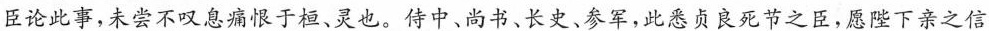
臣论此事，未尝不叹息痛恨于桓、灵也。侍中、尚书、长史、参军，此悉贞良死节之臣，愿陛下亲之信